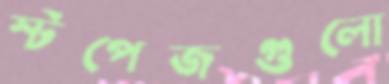
স্টপেজগুলো